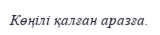
Көңілі қалған аразға.